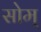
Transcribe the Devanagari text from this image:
सोम्